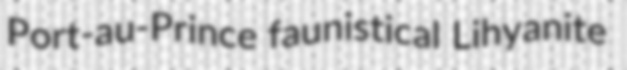
Port-au-Prince faunistical Lihyanite